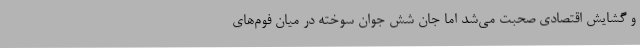
و گشایش اقتصادی صحبت می‌شد اما جان شش جوانِ سوخته در میان فوم‌های